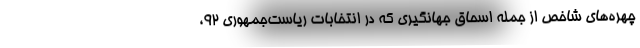
چهره‌های شاخص از جمله اسحاق جهانگیری که در انتخابات ریاست‌جمهوری 92،